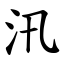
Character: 汛